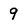
Character: 9